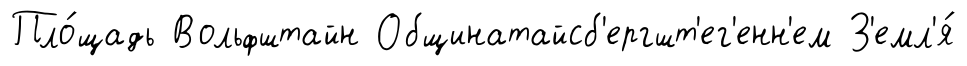
Пло́щадь Вольфштайн Общинатайсб'ергшт'ег'енн'ем З'емл'я́